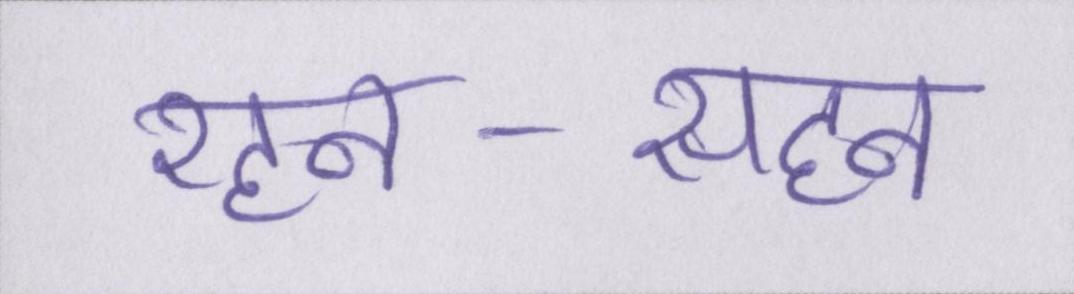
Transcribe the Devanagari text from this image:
रहन-सहन